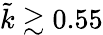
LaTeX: \tilde{k}\gtrsim 0.55